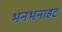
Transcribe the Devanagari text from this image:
भनभनाहट